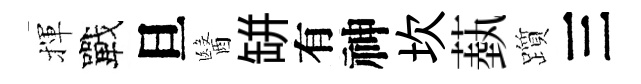
揮戰旦醫缾有神坎蓺躓三